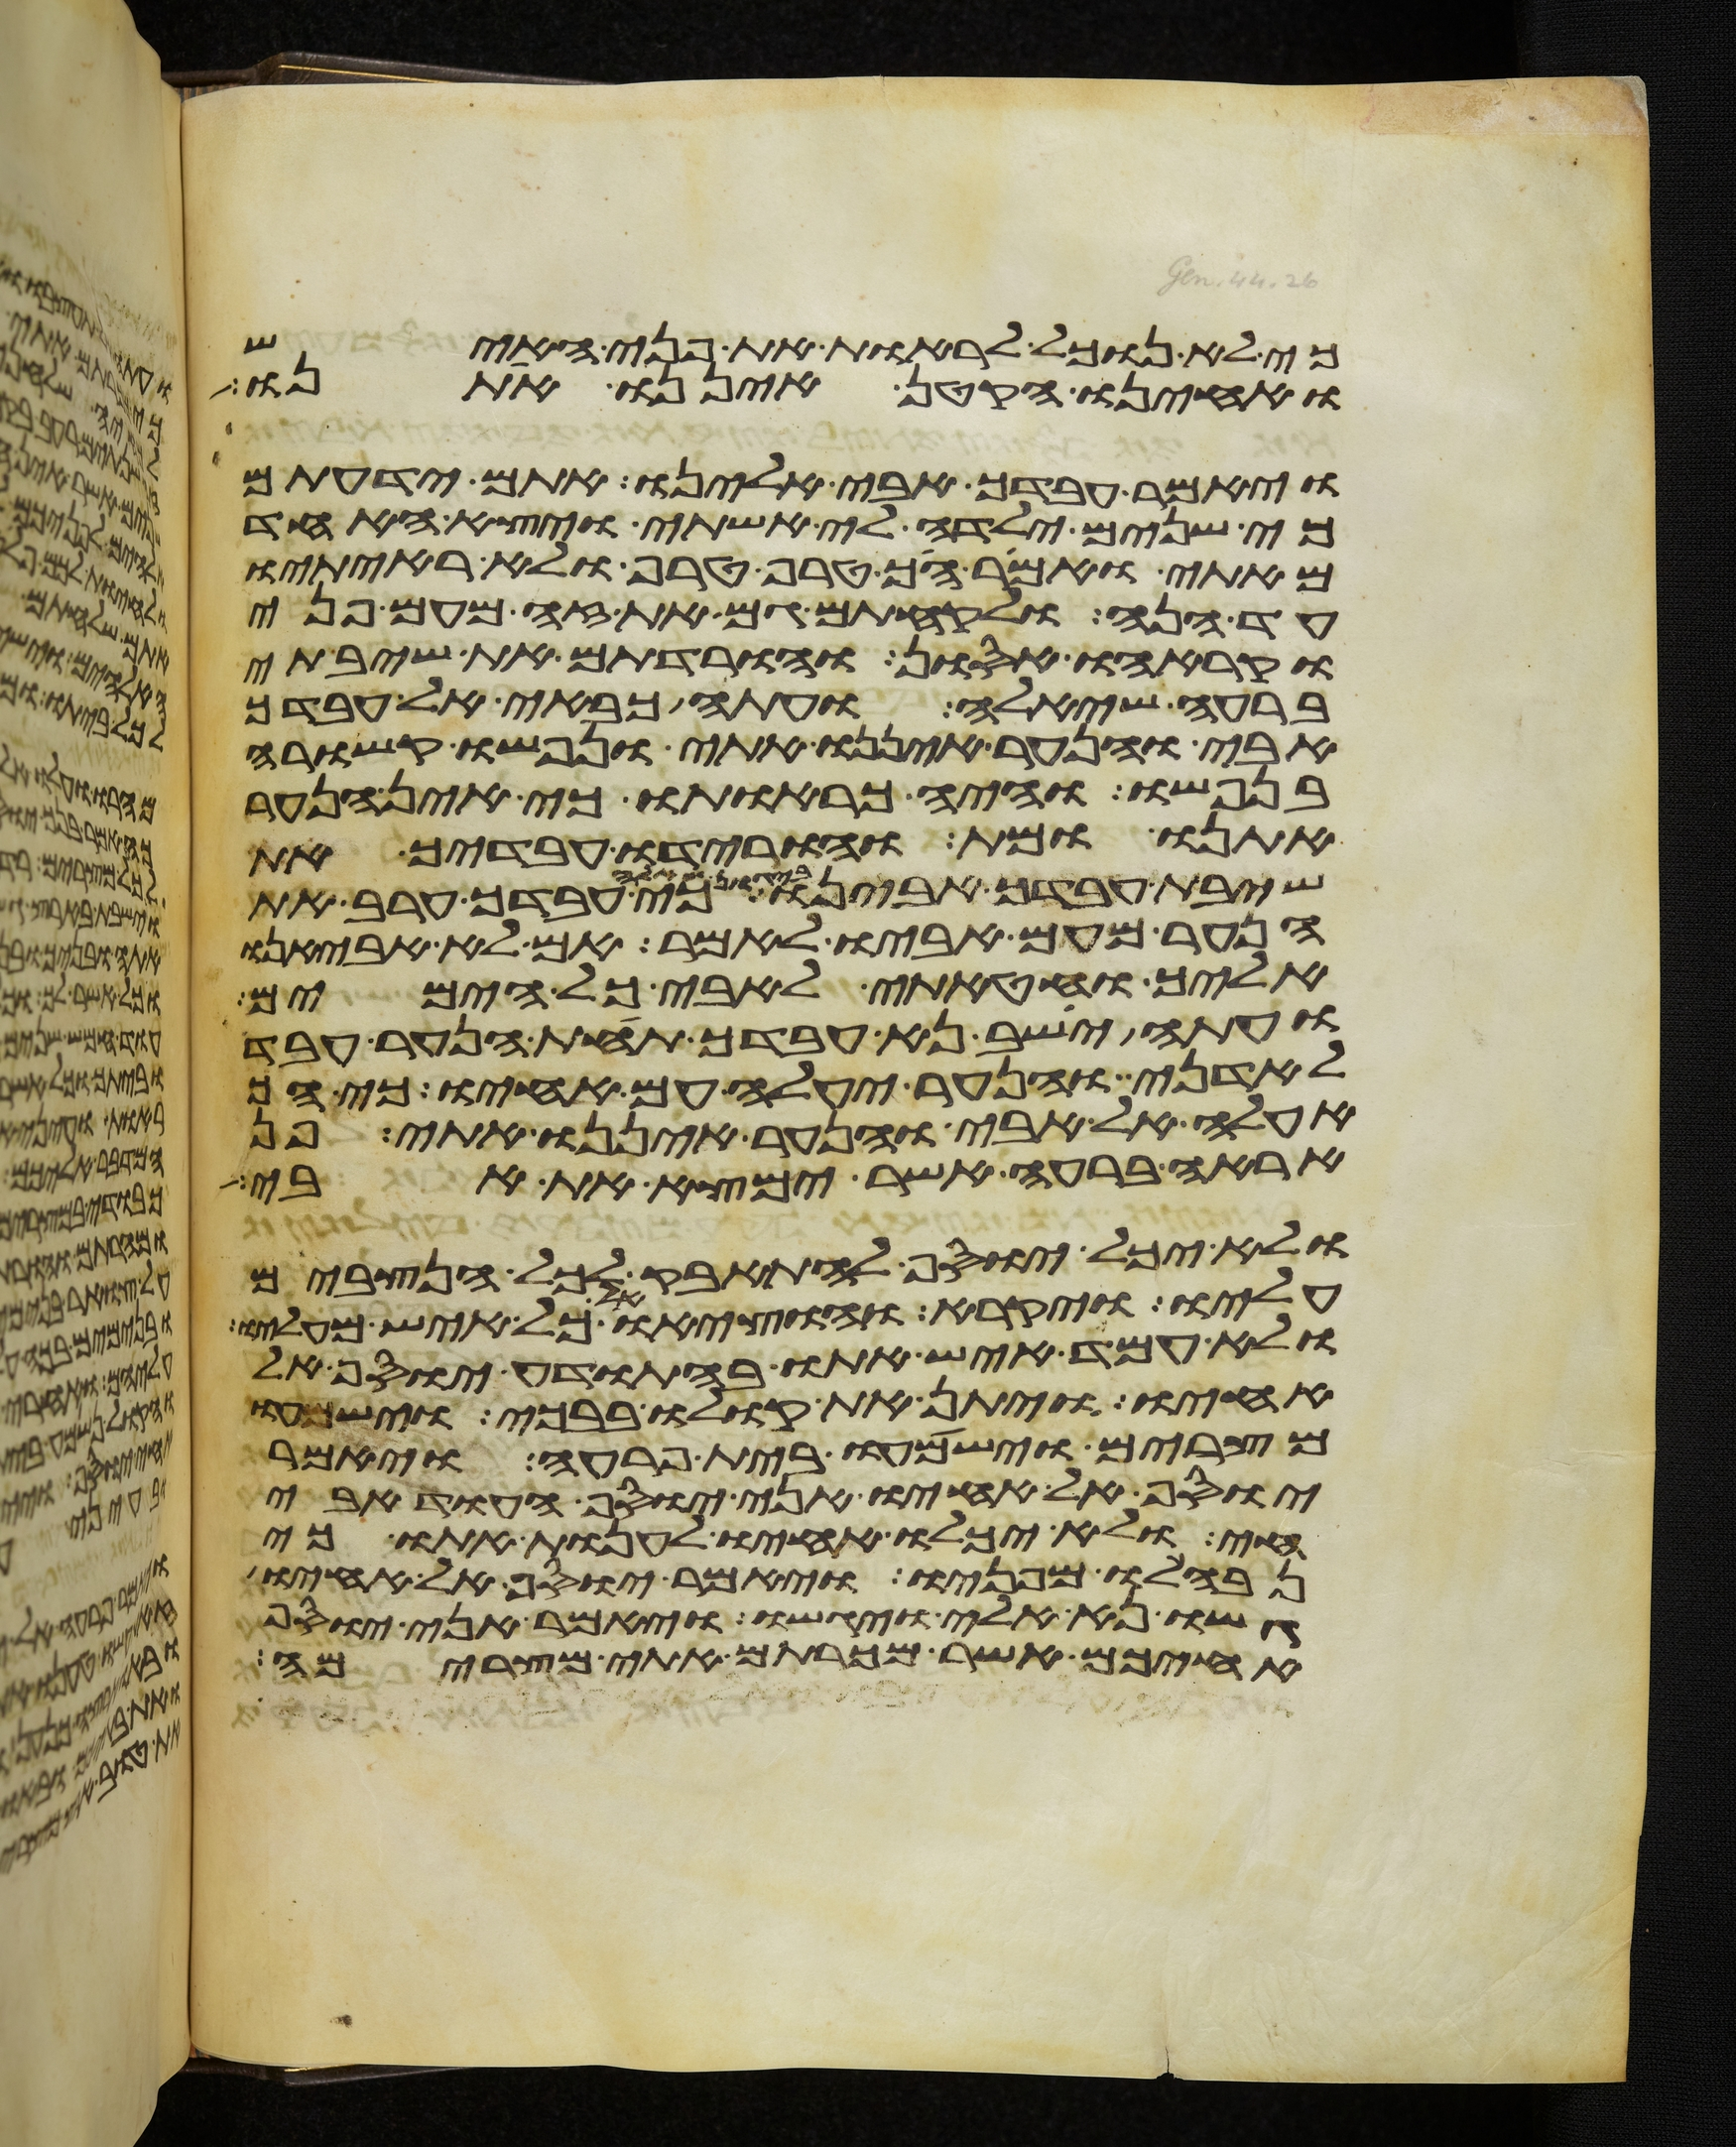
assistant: כי לא נוכל לראות את פני האיש
ואחינו הקטן איננו אתנו
ויאמר עבדך אבי אלינו אתם ידעתם
כי שנים ילדה לי אשתי ויצא האחד
מאתי ואמר הך טרף טרף ולא ראיתיו
עד הנה ולקחתם גם את זה מעם פני
וקראהו אסון והורדתם את שיבתי
ברעה שאלה ועתה כבאי אל עבדך
אבי והנער איננו אתי ונפשו קשורה
בנפשו והיה כראותו כי אין הנער
אתנו ומת והורידו עבדיך את
שיבת עבדך אבינו ביגון שאלה כי עבדך ערב את
הנער מעם אביו לאמר אם לא אביאנו
אליך וחטאתי לאבי כל הימים
ועתה ישב נא עבדך תחת הנער עבד
לאדני והנער יעלה עם אחיו כי
אעלה אל אבי והנער איננו אתי פן
אראה ברעה אשר ימצא את אבי
ולא יכל יוסף להתאפק לכל הנצבים
עליו ויקרא והוציאו כל איש מעליו
ולא עמד איש אתו בהתודע יוסף אל
אחיו ויתן את קולו בבכי וישמעו
מצרים וישמעו בית פרעה ויאמר
יוסף אל אחיו אני יוסף העוד אבי
חי ולא יכלו אחיו לענות אתו כי
נבהלו מפניו ויאמר יוסף אל אחיו
גשו נא אלי ויגשו ויאמר אני יוסף
אחיכם אשר מכרתם אתי מצרימה